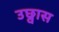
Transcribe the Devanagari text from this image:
उछ्वास